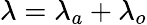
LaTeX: \lambda=\lambda_{a}+\lambda_{o}